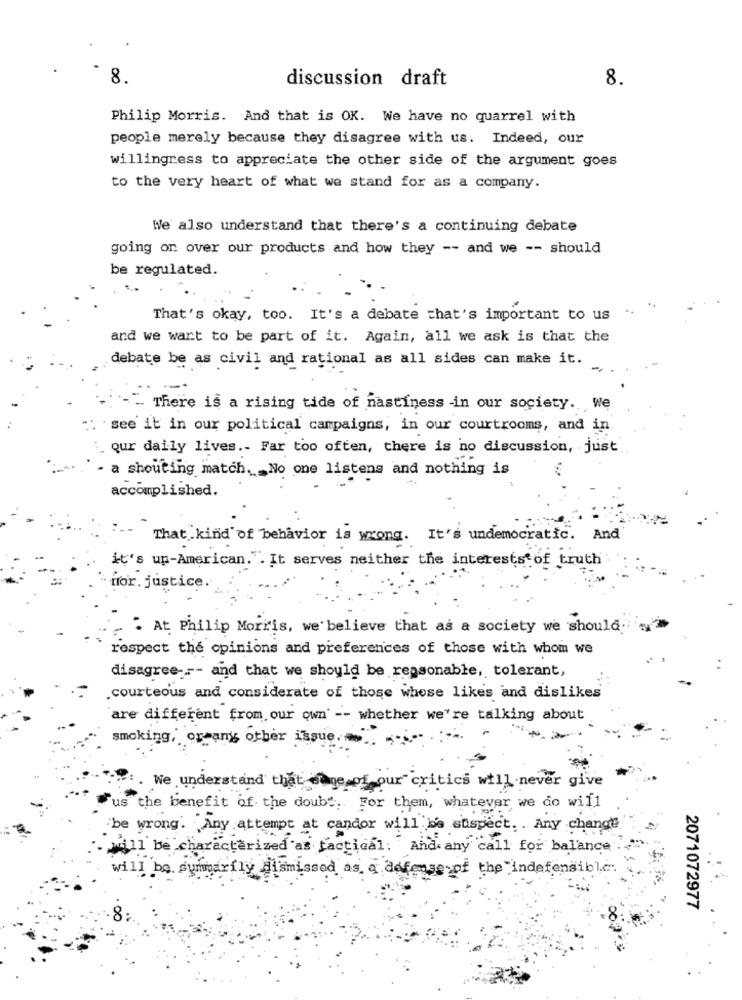
8.
discussion draft
8.
Philip Morris. And that is OK. We have no quarrel with
people merely because they disagree with us. Indeed, our
willingress to appreciate the other side of the argument goes
to the very heart of what we stand for as a company.
We also understand that there's a continuing debate
going on over our products and how they -- and we -- should
be regulated.
That's okay, too. It's a debate that's important to us
and we want to be part of it. Again, all we ask is that the
debate be as civil and rational as all sides can make it.
- There is a rising tide of nastiness -in our society. We
": see it in our political campaigns, in our courtrooms, and in
our daily lives .. Far too often, there is no discussion, just
- a shouting match. _ No one listens and nothing is
accomplished.
That kind of behavior is wrong. It's undemocratic. And
it's up-American.". It serves neither the interests of truth
Hor. justice.
" At Philip Morris, we'believe that as a society we should;
respect the opinions and preferences of those with whom we
disagree --- and that we should be reasonable, tolerant,
.courteous and considerate of those whose likes and dislikes
are different from our own' -- whether we're talking about
smoking, or any other issue.
:. We understand that wage of our critics will never give
us the benefit of the doubs. For them, whatever we do will
be wrong. Any attempt at candor will be suspect . . Any change
will be characterized as factical: And any call for balance
will be summarfly dismissed as a defense of the indefensible".
2071072977